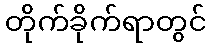
တိုက်ခိုက်ရာတွင်